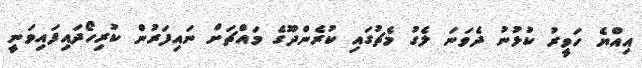
އިއްޔެ ހަވީރު ކުޅުނު ދެވަނަ ލެގު މެޗުގައި ކުރެންދޫގެ މައްޗަށް ނައިފަރުން ކުރިހޯދައިފައިވަނީ